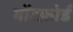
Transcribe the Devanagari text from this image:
मोंटफ़ोर्ड